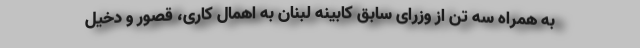
به همراه سه تن از وزرای سابق کابینه لبنان به اهمال کاری، قصور و دخیل